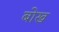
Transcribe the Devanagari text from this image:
बोख